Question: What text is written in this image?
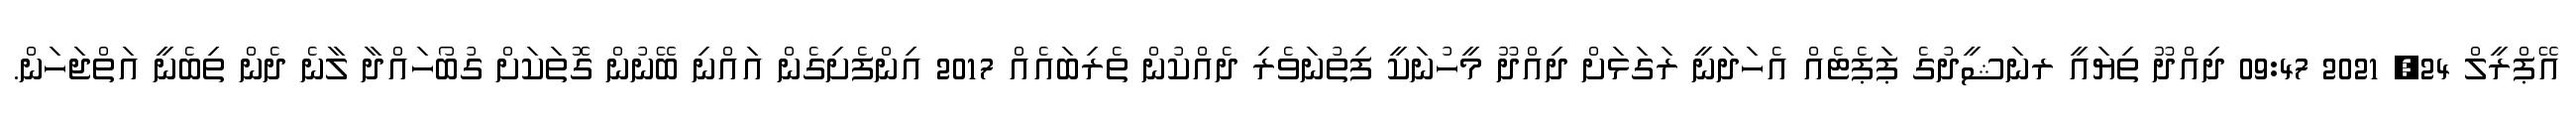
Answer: އޭޕްރީލް 24, 2021 09:47 ދިއްދޫ ތިޔައީ ރނަޝީދުގެ ޕަޕެޓެއް އެހަދަނީ ރަގަޅަށް ދިއްދޫ މީހުނަކީ ފިތުނަވެރި ދެއްކުން ތެރިބައެއް 2017 އިންފެށިގެން އައްނި ބޭނުން ގޮތަކަށް ގުބޯހައްދާ ލާނެ ދެން ތިބެނީ އަތްޖަހަން.